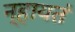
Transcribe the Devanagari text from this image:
न्हायतं